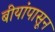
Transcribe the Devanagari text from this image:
बीयांपासून